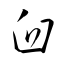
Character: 臼